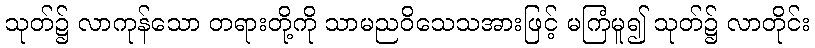
သုတ်၌ လာကုန်သော တရားတို့ကို သာမညဝိသေသအားဖြင့် မကြံမူ၍ သုတ်၌ လာတိုင်း